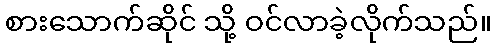
စားသောက်ဆိုင် သို့ ဝင်လာခဲ့လိုက်သည်။